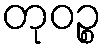
တုဝဉ္စ